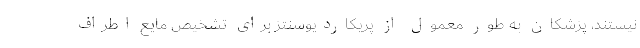
نیستند، پزشکان به طور معمول از پریکاردیوسنتز برای تشخیص مایع اطراف